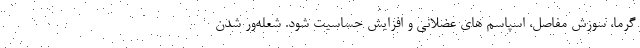
گرما، سوزش مفاصل، اسپاسم های عضلانی و افزایش حساسیت شود. شعله‌ور شدن